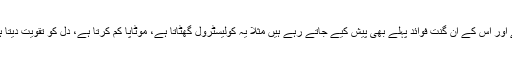
یواکاڈو عم زبان میں”مگرناشپاتی“ کہلاتی ہے اور اس کے ان گنت فوائد پہلے بھی پیش کیے جاتے رہے ہیں مثلاً یہ کولیسٹرول گھٹاتا ہے، موٹاپا کم کرتا ہے، دل کو تقویت دیتا ہے اور کئی طرح کے امراض کو بھگاتا ہے۔